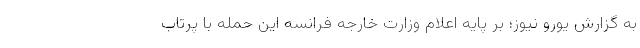
به گزارش یورو نیوز؛ بر پایه اعلام وزارت خارجه فرانسه این حمله با پرتاب